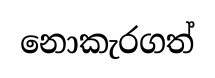
නොකැරගත්